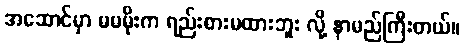
အဆောင်မှာ မမမိုးက ရည်းစားမထားဘူး လို့ နာမည်ကြီးတယ်။